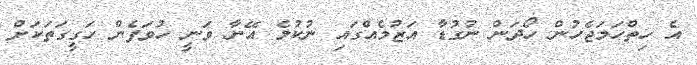
އެ ހިތްހަމަޖެހުން ހޯދަން ނުގުޑާ އަޒުމެއްގައި ނުކުމެ އޭނާ ވަނީ ހުވަފެން ހަގީގަތަކަށް